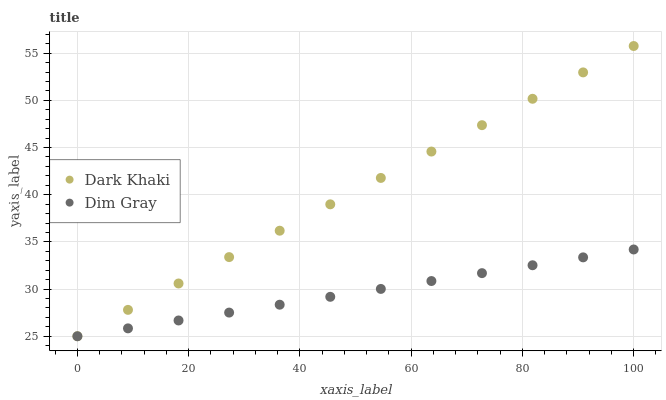
| xaxis_label | Dark Khaki | Dim Gray |
 | --- | --- | --- |
 | 0 | 25 | 25 |
 | 9.09 | 27.8 | 25.8 |
 | 18.2 | 30.6 | 26.7 |
 | 27.3 | 33.4 | 27.5 |
 | 36.4 | 36.2 | 28.3 |
 | 45.5 | 39 | 29.2 |
 | 54.5 | 41.8 | 30 |
 | 63.6 | 44.6 | 30.9 |
 | 72.7 | 47.4 | 31.7 |
 | 81.8 | 50.2 | 32.5 |
 | 90.9 | 53 | 33.4 |
 | 100 | 55.8 | 34.2 |